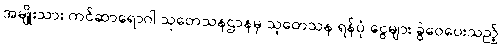
အမျိုးသား ကင်ဆာရောဂါ သုတေသနဌာနမှ သုတေသန ရန်ပုံ ငွေများ ခွဲဝေပေးသည့်